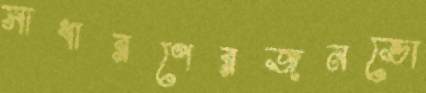
সাধারণেরজনভো